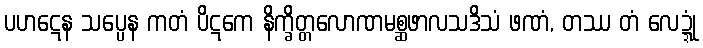
ပဟဋေန သပ္ပေန ကတံ ပိဋကေ နိက္ခိတ္တလောဏမစ္ဆဖာလသဒိသံ ဖဏံ, တဿ တံ လေဍ္ဍုံ